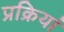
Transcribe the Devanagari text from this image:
प्रक्रियां